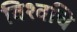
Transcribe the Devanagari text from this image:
विश्वचि